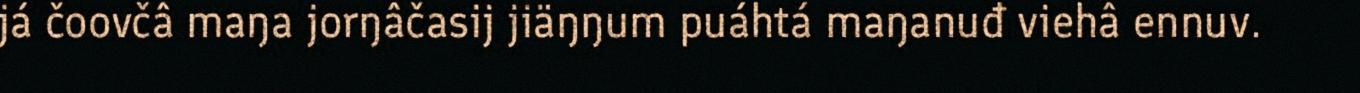
já čoovčâ maŋa jorŋâčasij jiäŋŋum puáhtá maŋanuđ viehâ ennuv.